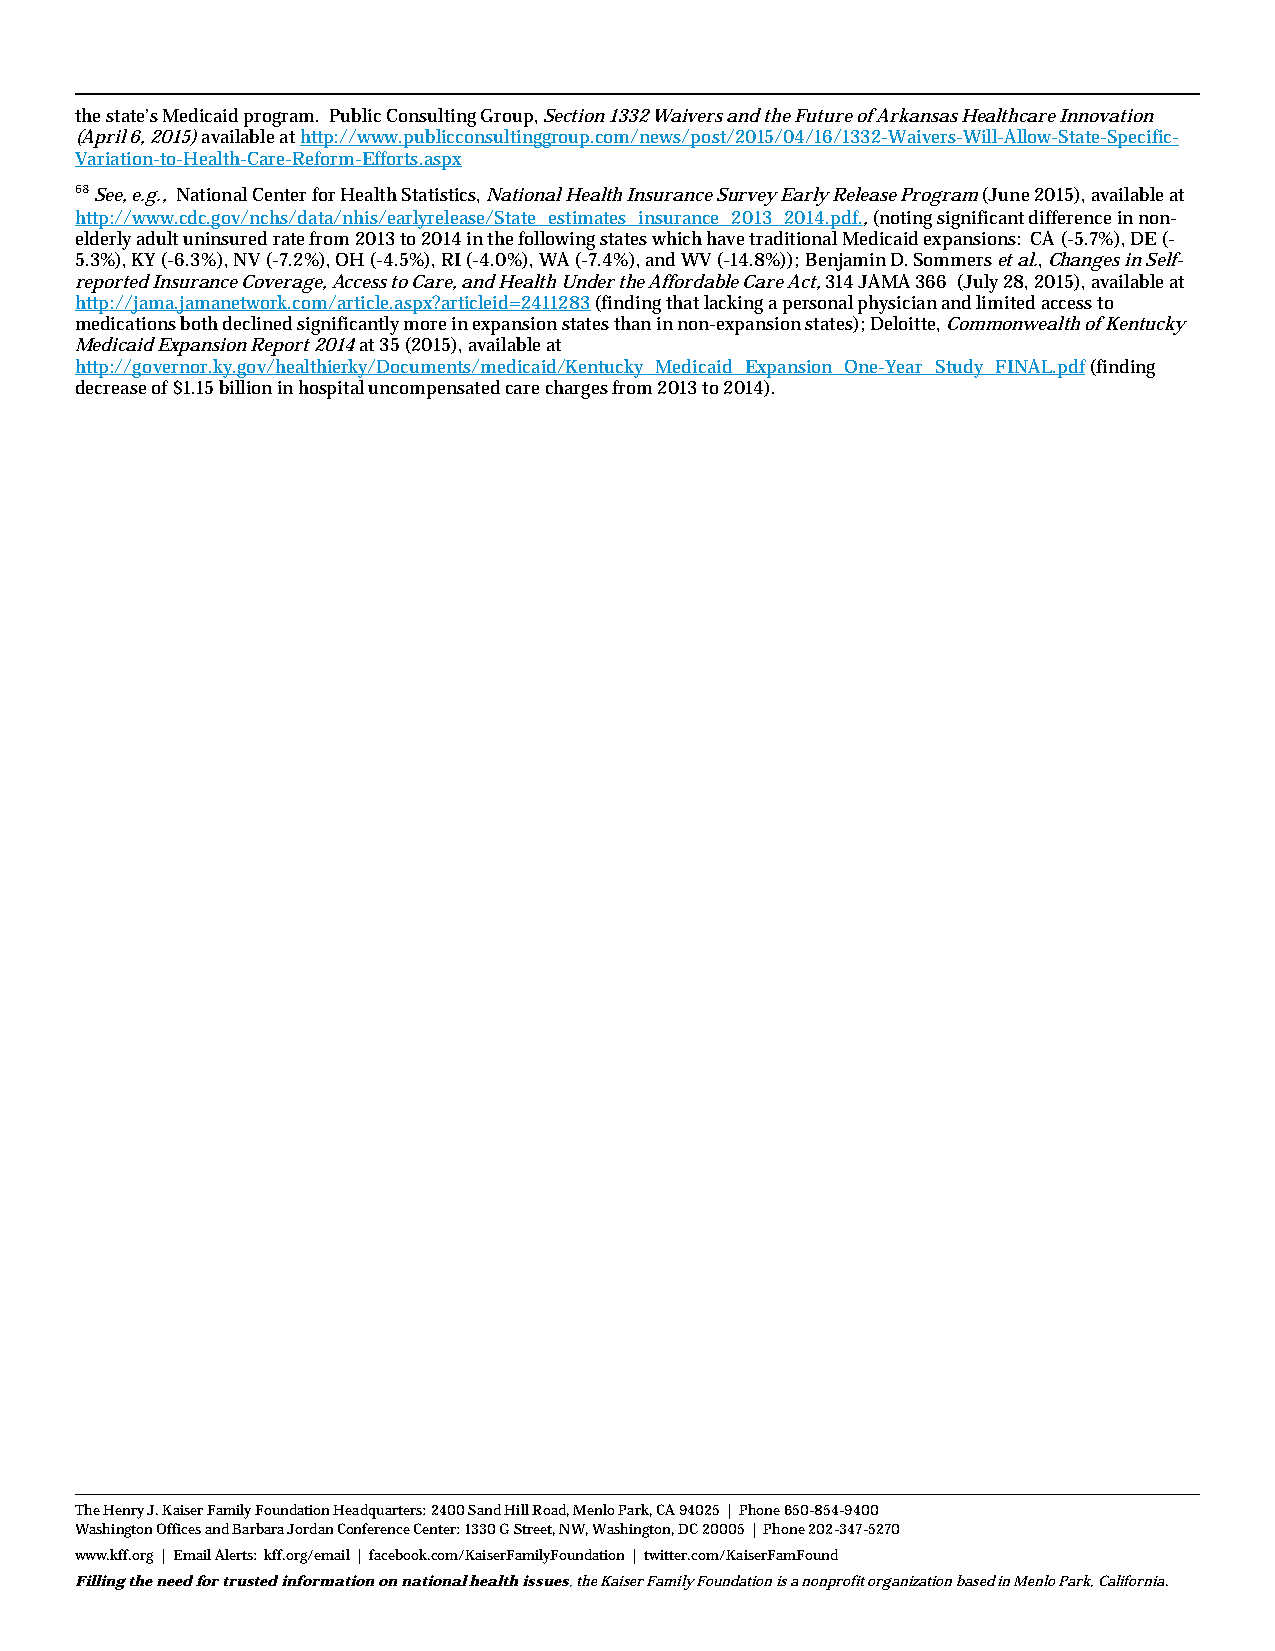
the state’s Medicaid program. Public Consulting Group, Section 1332 Waivers and the Future of Arkansas Healthcare Innovation
 (April 6, 2015) available at http://www.publicconsultinggroup.com/news/post/2015/04/16/1332-Waivers-Will-Allow-State-Specific-
 Variation-to-Health-Care-Reform-Efforts.aspx
 68 See, e.g., National Center for Health Statistics, National Health Insurance Survey Early Release Program (June 2015), available at
 http://www.cdc.gov/nchs/data/nhis/earlyrelease/State_estimates_insurance_2013_2014.pdf., (noting significant difference in non-
 elderly adult uninsured rate from 2013 to 2014 in the following states which have traditional Medicaid expansions: CA (-5.7%), DE (-
 5.3%), KY (-6.3%), NV (-7.2%), OH (-4.5%), RI (-4.0%), WA (-7.4%), and WV (-14.8%)); Benjamin D. Sommers et al., Changes in Self-
 reported Insurance Coverage, Access to Care, and Health Under the Affordable Care Act, 314 JAMA 366 (July 28, 2015), available at
 http://jama.jamanetwork.com/article.aspx?articleid=2411283 (finding that lacking a personal physician and limited access to
 medications both declined significantly more in expansion states than in non-expansion states); Deloitte, Commonwealth of Kentucky
 Medicaid Expansion Report 2014 at 35 (2015), available at
 http://governor.ky.gov/healthierky/Documents/medicaid/Kentucky_Medicaid_Expansion_One-Year_Study_FINAL.pdf (finding
 decrease of $1.15 billion in hospital uncompensated care charges from 2013 to 2014).
 The Henry J. Kaiser Family Foundation Headquarters: 2400 Sand Hill Road, Menlo Park, CA 94025 | Phone 650-854-9400
 Washington Offices and Barbara Jordan Conference Center: 1330 G Street, NW, Washington, DC 20005 | Phone 202-347-5270
 www.kff.org | Email Alerts: kff.org/email | facebook.com/KaiserFamilyFoundation | twitter.com/KaiserFamFound
 Filling the need for trusted information on national health issues, the Kaiser Family Foundation is a nonprofit organization based in Menlo Park, California.